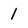
Character: 1